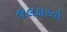
લલકારતો